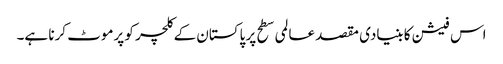
اس فیشن کا بنیادی مقصد عالمی سطح پر پاکستان کے کلچر کو پرموٹ کرنا ہے۔